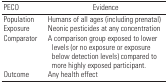
<table><thead><tr><td><b>PECO</b></td><td><b>Evidence</b></td></tr></thead><tbody><tr><td><b>Population</b></td><td>Humans of all ages (including prenatal)</td></tr><tr><td><b>Exposure</b></td><td>Neonic pesticides at any concentration</td></tr><tr><td><b>Comparator</b></td><td>A comparison group exposed to lower levels (or no exposure or exposure below detection levels) compared to more highly exposed participant.</td></tr><tr><td><b>Outcome</b></td><td>Any health effect</td></tr></tbody></table>